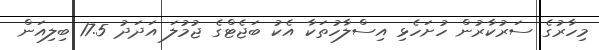
މިހާރުގެ ސަރުކާރުން ހުށަހެޅި އިސްލާހުތަކާ އެކު ބަޖެޓްގެ ޖުމުލަ އަދަދު 17.5 ބިލިއަން